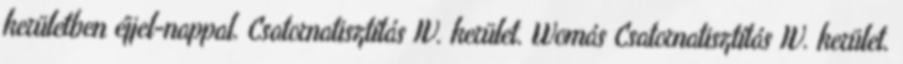
kerületben éjjel-nappal. Csatornatisztítás IV. kerület. Womás Csatornatisztítás IV. kerület.